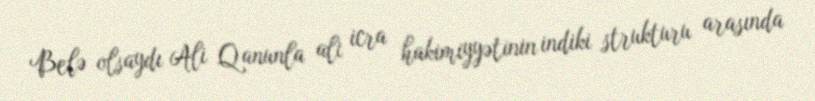
Belə olsaydı Ali Qanunla ali icra hakimiyyətinin indiki strukturu arasında